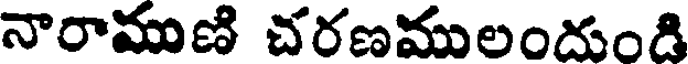
నారాముణి చరణములందుండి